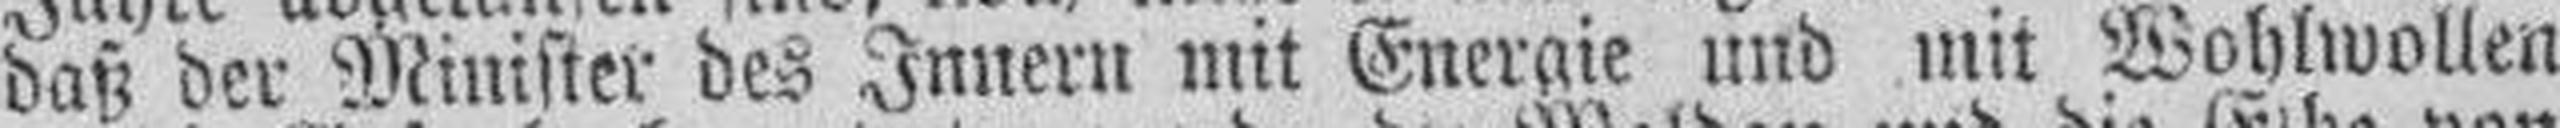
daß der Minister des Innern mit Energie und mit Wohlwollen